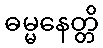
ဓမ္မနေတ္တိ